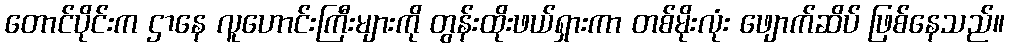
တောင်ပိုင်းက ဌာနေ လူဟောင်းကြီးများကို တွန်းထိုးဖယ်ရှားကာ တစ်မိုးလုံး ဖျောက်ဆိပ် ဖြစ်နေသည်။